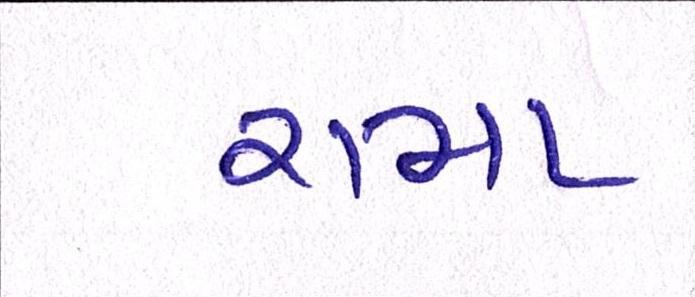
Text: રામા